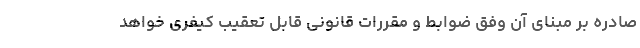
صادره بر مبنای آن وفق ضوابط و مقررات قانونی قابل تعقیب کیفری خواهد